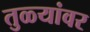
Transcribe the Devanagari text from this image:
तुळ्यांवर